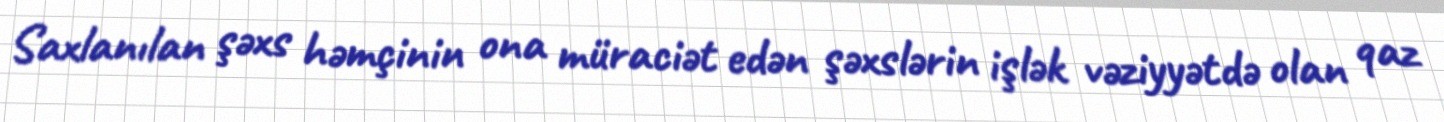
Saxlanılan şəxs həmçinin ona müraciət edən şəxslərin işlək vəziyyətdə olan qaz